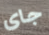
جاى